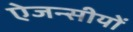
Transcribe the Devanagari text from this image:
ऐजन्सीयों